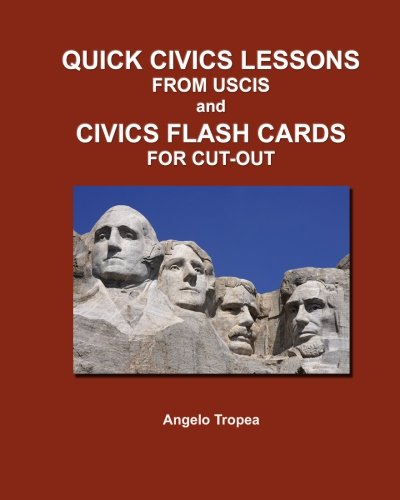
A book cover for Quick Civics Lessons from USCIS and Civics Flash Cards for Cut-Out; Angelo Tropea; Test Preparation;